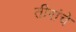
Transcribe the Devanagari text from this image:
तीरांचे